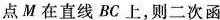
点M在直线BC上，则二次函